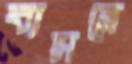
ব্যসনে